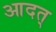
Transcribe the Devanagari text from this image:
आदत्